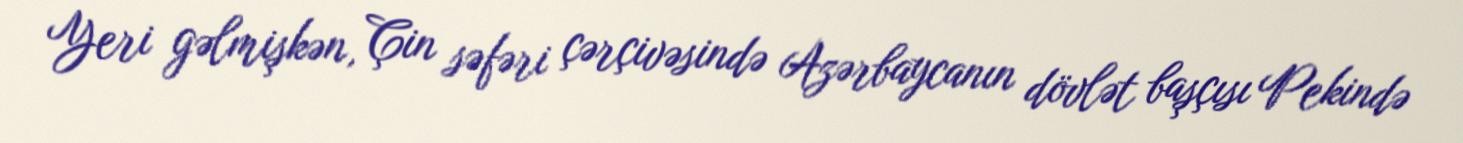
Yeri gəlmişkən, Çin səfəri çərçivəsində Azərbaycanın dövlət başçısı Pekində